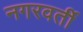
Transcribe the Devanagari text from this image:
नगरवर्ती